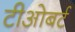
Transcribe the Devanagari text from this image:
टीओबर्ट